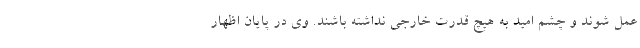
عمل شوند و چشم امید به هیچ قدرت خارجی نداشته باشند. وی در پایان اظهار